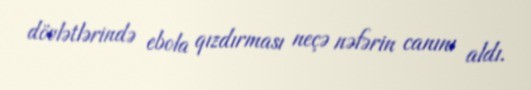
dövlətlərində ebola qızdırması neçə nəfərin canını aldı.